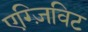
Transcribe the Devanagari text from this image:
एग्ज़िविट